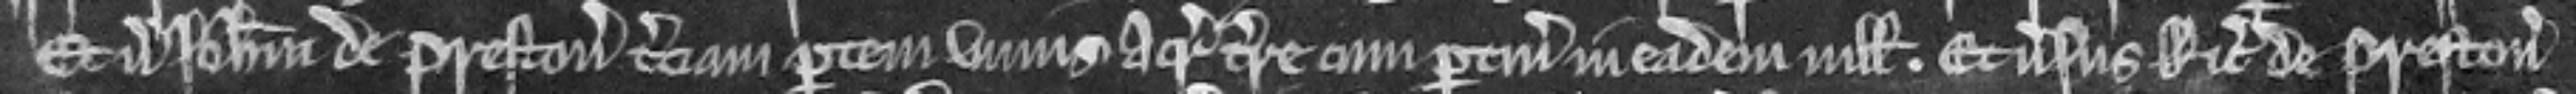
Et versus Johannem de Preston terciam partem unius acre terre cum pertinenciis in eadem villa. Et versus Ricardum de Preston